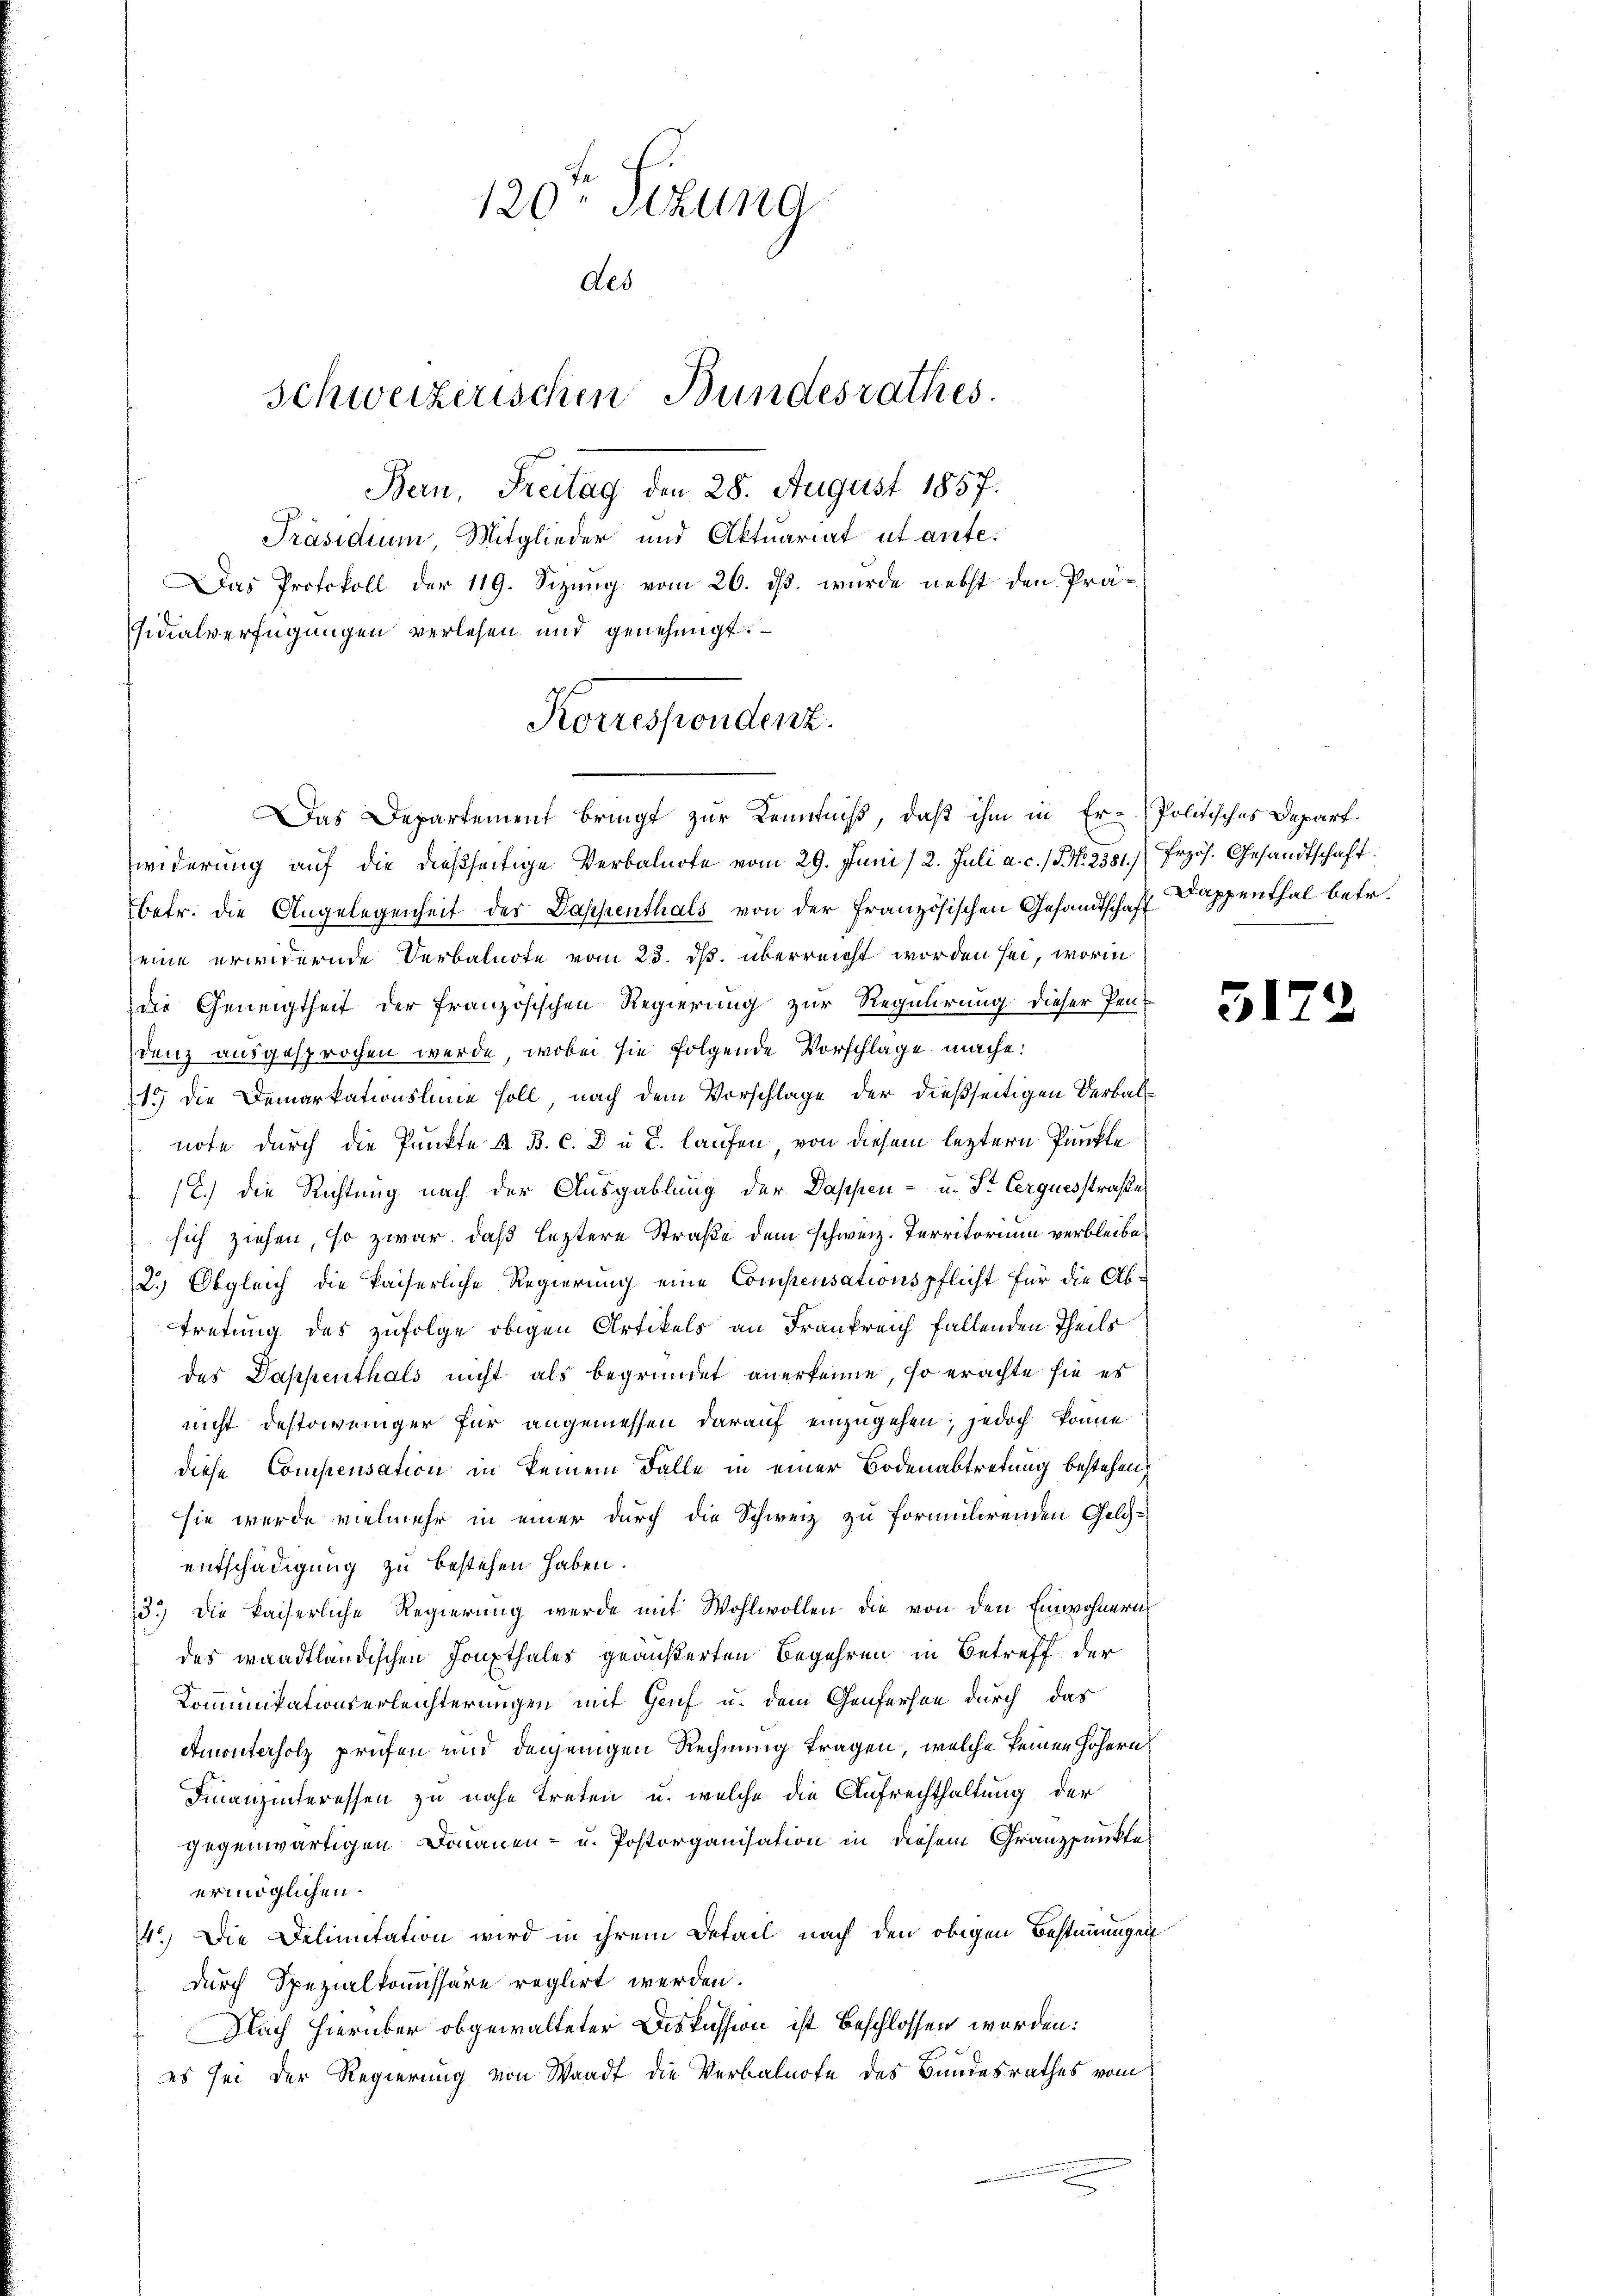
120ten Sitzung
des
Schweizerischen Bundesrathes.
Bern, Freitag den 28. August 1857.
Präsidium Mitglieder und Aktuariat ut ante.
Das Protokoll der 119. Sizung vom 26. ds. wurde nebst den Präsidialverfügungen verlesen und genehmigt.

widerung auf die dießseitige Verbalnote vom 29. Juni /2. Juli a. c. / 5. No. 2381.) Erzös. Gesandtschaft
betr. die Angelegenheit der Dappenthals von der französischen Gesandtschaft Kappenthal betr.
eine erwidernde Verbalnote vom 23. ds. überreicht worden sei, worin
die Geneigtheit der französischen Regierung zur Regulirung dieser Pen-
denz ausgesprochen werde, wobei sie folgende Vorschlage mache:
15 die Demarkationsline soll, nach dem Vorschlage der dießseitigen Verbalnote durch die Punkte & B. c. 8 u. d. laufen von diesem leztern Punkte
.) die Richtung nach der Ausgablung der Dappen- u. St. Cerquesstraße
sich ziehen, so zwar, daß leztere Straße dem schweiz. Territorium verbleibe¬
2.) Obgleich die kaiserliche Regierung eine Compensationspflicht für die Abtretung des zufolge obigen Artikels an Frankreich fallenden Theils
des Dappenthals nicht als begründet anerkenne, so erachte sie es
nicht destoweniger für angemessen darauf einzugehen; jedoch könne
diese Compensation in keinem Falle in einer Bodenabtretung bestehen,
sie werde vielmehr in einer durch die Schweiz zu formulirenden Geldentschädigung zu bestehen haben.
3.) Die kaiserliche Regierŭng werde mit Wohlwollen die von den Einwohnern
des waadtländischen Houpthales geäußerten Begehren in Betreff der
Kommunikationserleichterungen mit Genf u. dem Genferson durch das
Amonterholz prüfen und denjenigen Rechnung tragen, welche keinen höhern,
Finanzinteressen zu nahe treten u. welche die Aufrechthaltung der
gegenwärtigen Donauen- u. Postorganisation in diesem Granzpunkte
ermöglichen.
4) Die Delimitation wird in ihrem Detail nach den obigen Bestimmungen
durch Spezialkomissäre reglirt werden.
Nach hierüber obgewalteter Diskussion ist beschlossen worden:
es sei der Regierung von Waadt die Verbalnote des Bundesrathes vom

Korrespondert.
Das Departement bringt zur Kenntniß, daß ihm in Er-Politisches Depart.

31

72